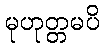
မုဟုတ္တမပိ